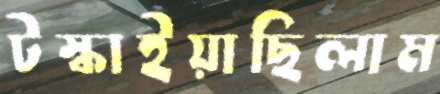
টস্‌কাইয়াছিলাম